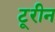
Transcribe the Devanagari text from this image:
टूरीन